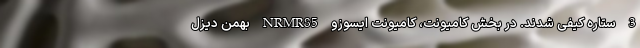
3 ستاره کیفی شدند. در بخش کامیونت، کامیونت ایسوزو NRMR85 بهمن دیزل